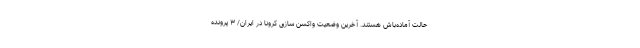
حالت آماده‌باش هستند. آخرین وضعیت واکسن ‌سازی کرونا در ایران/ ۳ پرونده